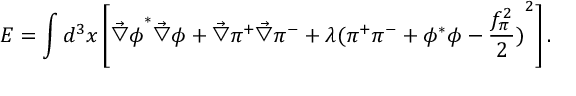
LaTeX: E = \int d ^ { 3 } x \left[ { \vec { \bigtriangledown } \phi } ^ { * } \vec { \bigtriangledown } \phi + \vec { \bigtriangledown } \pi ^ { + } \vec { \bigtriangledown } \pi ^ { - } + \lambda { ( \pi ^ { + } \pi ^ { - } + \phi ^ { * } \phi - \frac { f _ { \pi } ^ { 2 } } { 2 } ) } ^ { 2 } \right] .